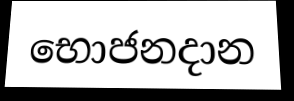
භොජනදාන